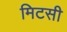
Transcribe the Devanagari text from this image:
मिटसी